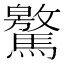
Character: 𩦨